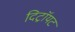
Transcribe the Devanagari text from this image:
दिट्रॉयट